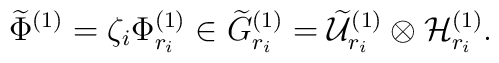
\widetilde{\Phi}^{(1)}=\zeta_{i}\Phi^{(1)}_{r_{i}}\in \widetilde{G}^{(1)}_{r_{i}}=\widetilde{\cal U}^{(1)}_{r_{i}}\otimes{\cal H}^{(1)}_{r_{i}}.